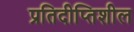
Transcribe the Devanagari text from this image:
प्रतिदीप्तिशील